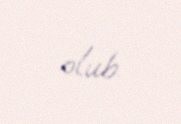
olub.